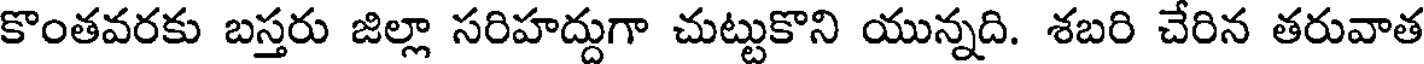
కొంతవరకు బస్తరు జిల్లా సరిహద్దుగా చుట్టుకొని యున్నది. శబరి చేరిన తరువాత